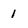
Character: 1